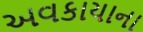
અવકાયાના